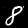
Digit: 8